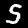
Digit: 5